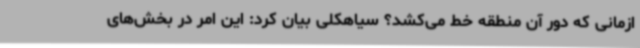
ازمانی که دور آن منطقه خط می‌کشد؟ سیاهکلی بیان کرد: این امر در بخش‌های